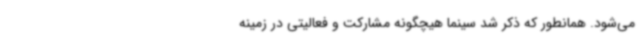
می‌شود. همانطور که ذکر شد سینما هیچگونه مشارکت و فعالیتی در زمینه